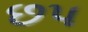
છપ